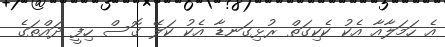
އެ ހަމަލާއާ އެކު ކެކިގަތް ރުޅިގަނޑާ އެކު ކަލޭ ގޮސް ހިފީ ދައްތަގެ